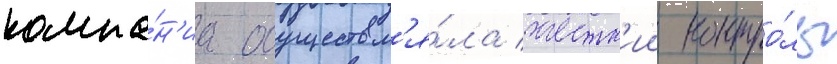
компа́н'иа осуществл'я́ла жестк'ии контро́ль